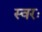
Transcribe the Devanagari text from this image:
स्वरः